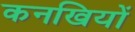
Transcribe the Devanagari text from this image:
कनखियों